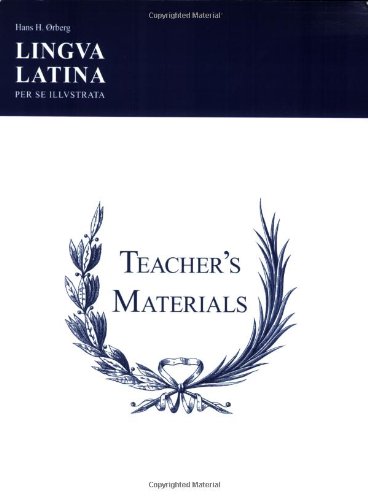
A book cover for Lingua Latina Per Se Illustrata: Teachers' Materials & Answer Keys for Pars I & II; Hans H. Orberg; Reference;